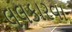
લલકારવા